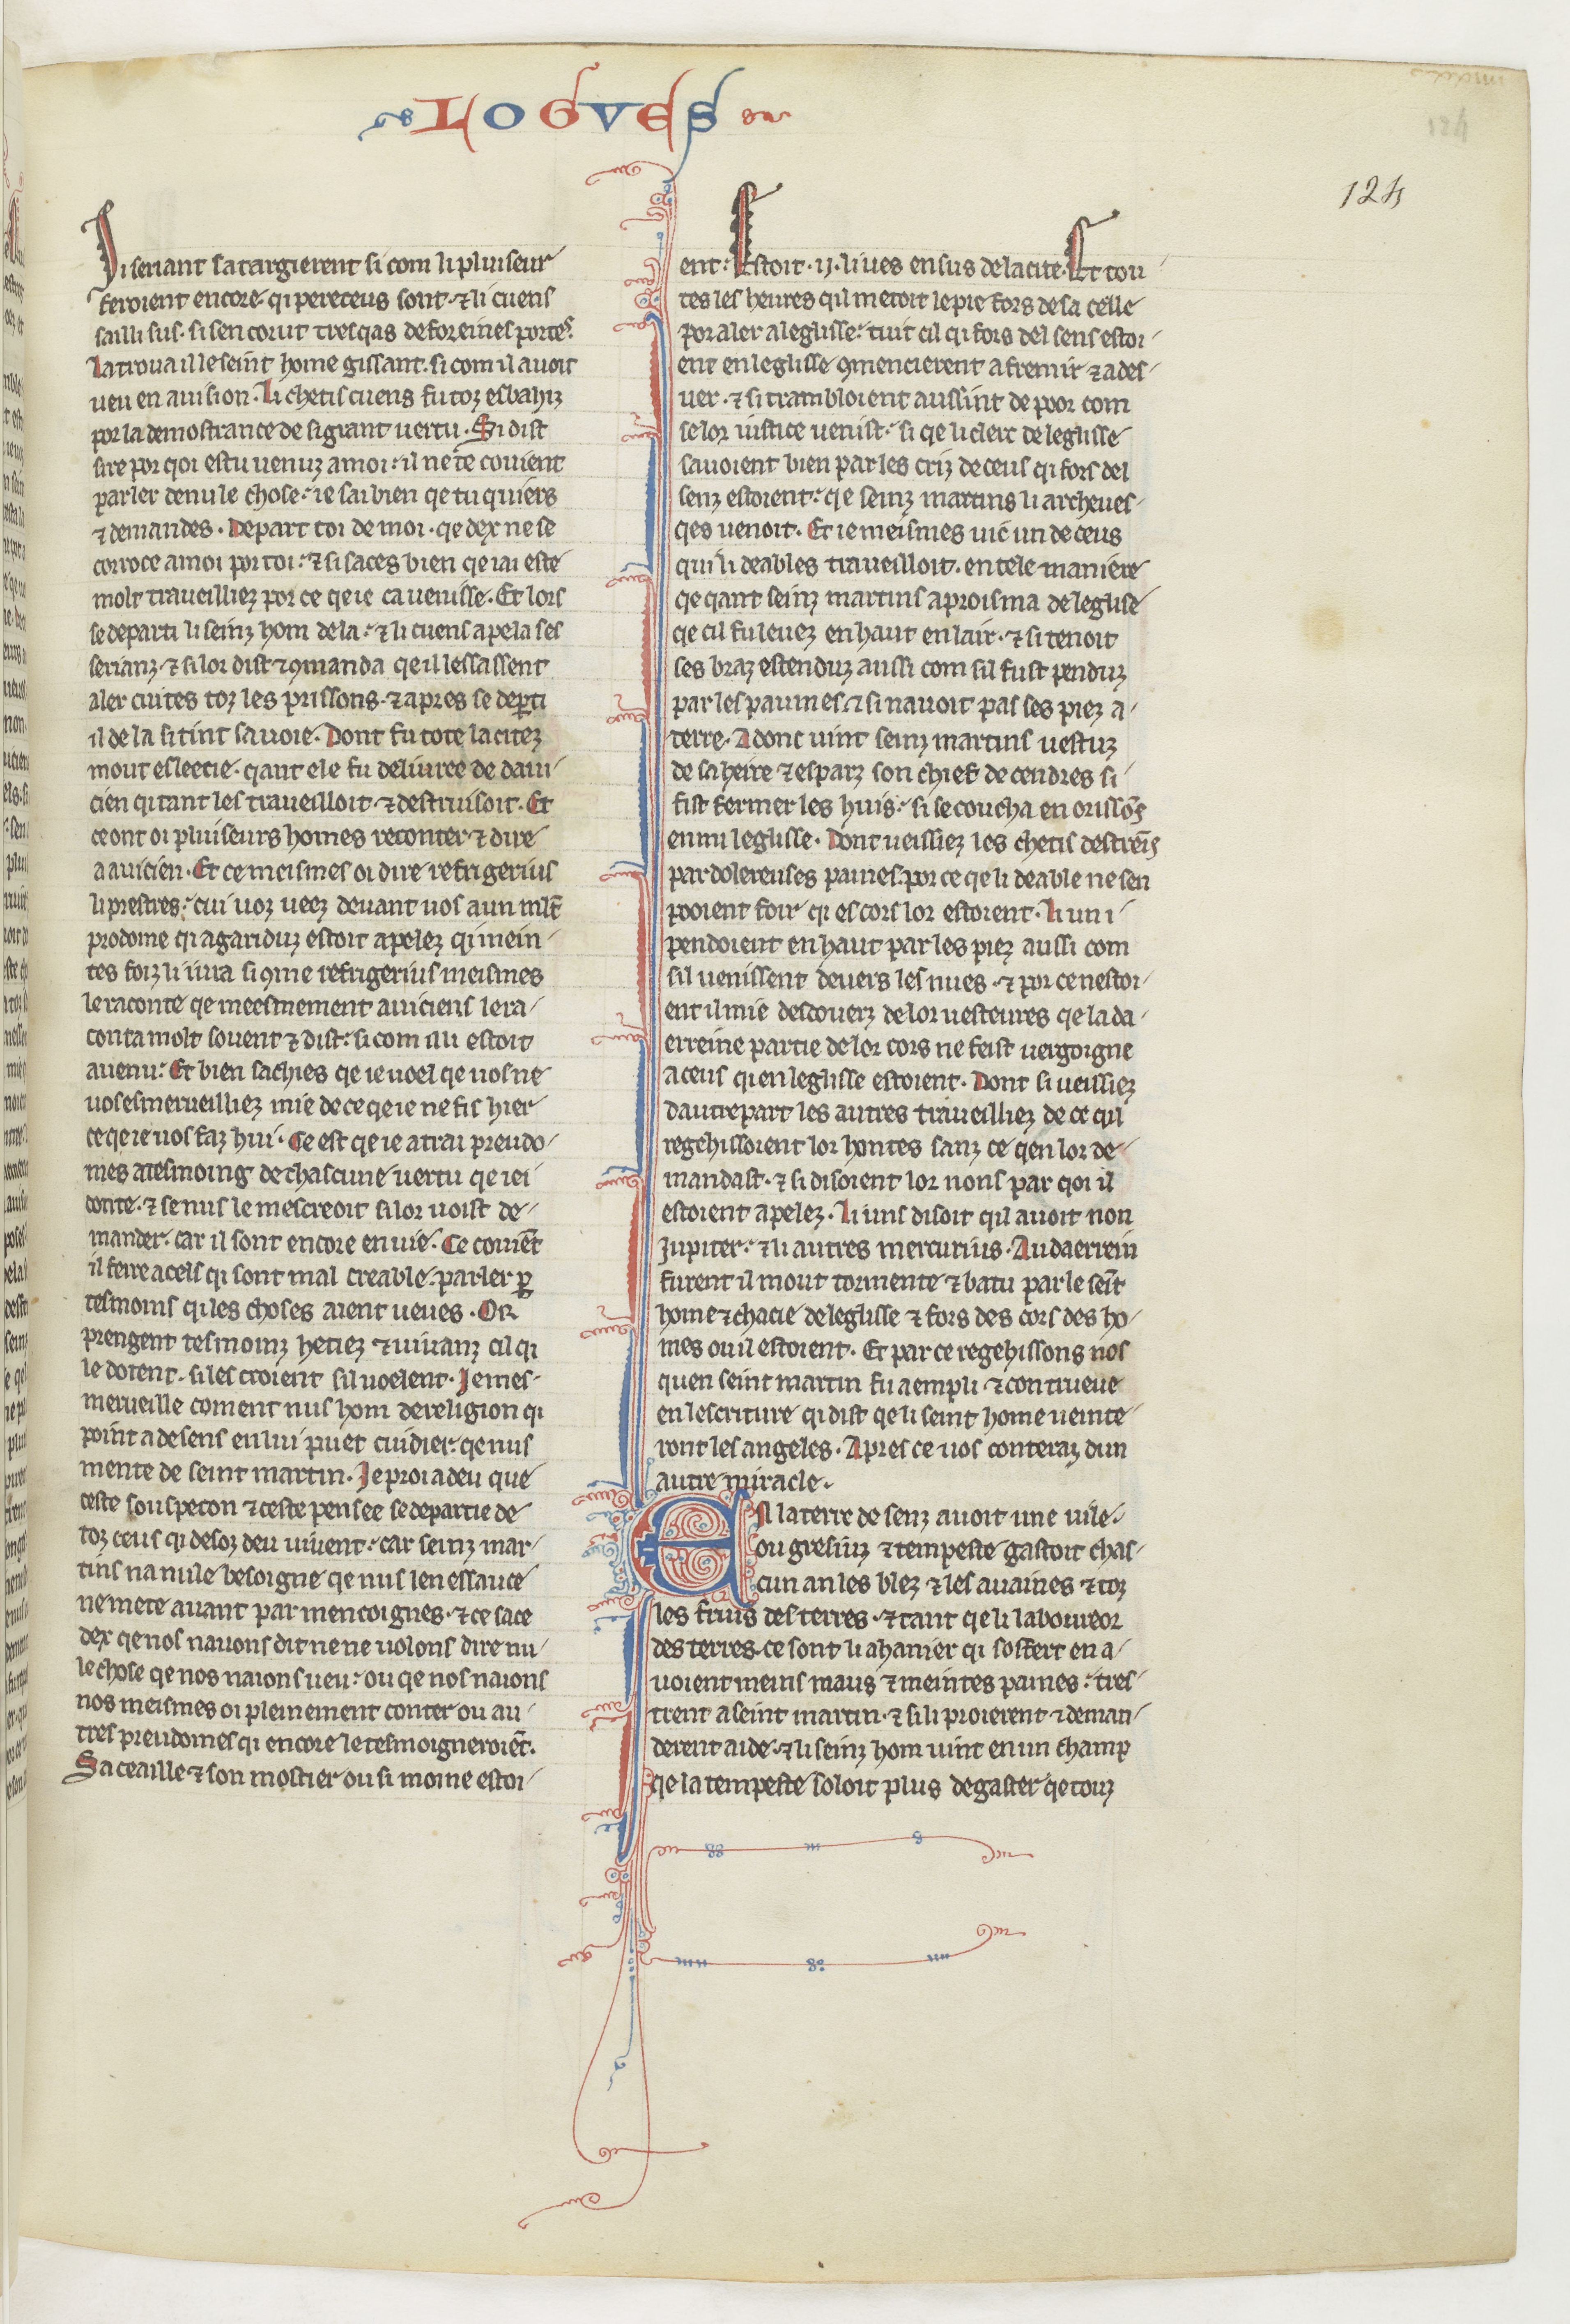
Shelfmark: Paris, BnF, fr. 412
Century: 13